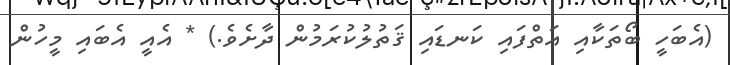
(އެބަހީ ބޯތަކާއި އަތްފައި ކަނޑައި ޤަތުލުކުރަމުން ދާށެވެ.) * އެއީ އެބައި މީހުން